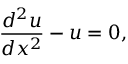
{ \frac { d ^ { 2 } u } { d x ^ { 2 } } } - u = 0 ,